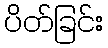
ပိတ်ခြင်း